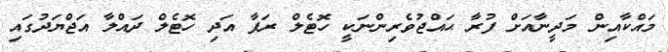
މައްކާއިން މަދީނާއަށް ފުރާ ޙައްޖުވެރިންނަކީ ހޮޓެލް ރަފާ އަދި ހޮޓެލް ދައްލާ އަޖްޔަދުގައި